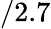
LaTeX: /2.7